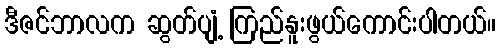
ဒီဇင်ဘာလက ဆွတ်ပျံ့ ကြည်နူးဖွယ်ကောင်းပါတယ်။